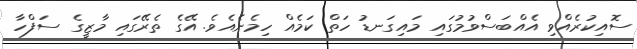
ސޮއިކުރެއްވި އެއްބަސްވުމުގައި މައިގަނޑު ހަތް ކަމެއް ހިމެނެއެވެ. އޭގެ ތެރޭގައި މާޒީގެ ސަފްހާ